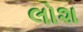
લોશ